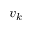
v _ { k }